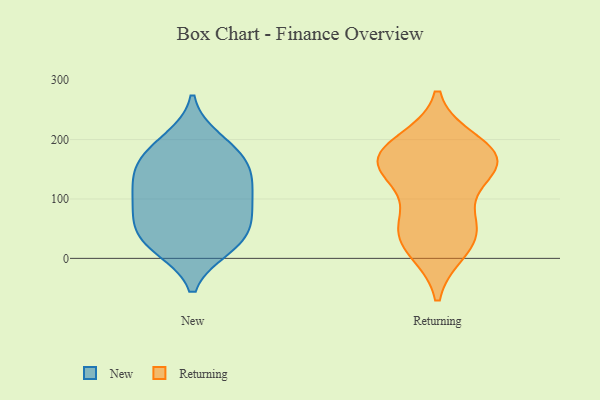
{"axis": {"x": "Active Users", "y": "Value"}, "legend": ["New", "Returning"], "data": [{"x": "", "y": 190, "type": "New"}, {"x": "", "y": 200, "type": "New"}, {"x": "", "y": 81, "type": "New"}, {"x": "", "y": 20, "type": "New"}, {"x": "", "y": 129, "type": "New"}, {"x": "", "y": 127, "type": "New"}, {"x": "", "y": 160, "type": "New"}, {"x": "", "y": 58, "type": "New"}, {"x": "", "y": 101, "type": "New"}, {"x": "", "y": 18, "type": "New"}, {"x": "", "y": 163, "type": "New"}, {"x": "", "y": 44, "type": "New"}, {"x": "", "y": 25, "type": "New"}, {"x": "", "y": 158, "type": "New"}, {"x": "", "y": 68, "type": "New"}, {"x": "", "y": 106, "type": "New"}, {"x": "", "y": 162, "type": "Returning"}, {"x": "", "y": 161, "type": "Returning"}, {"x": "", "y": 162, "type": "Returning"}, {"x": "", "y": 64, "type": "Returning"}, {"x": "", "y": 170, "type": "Returning"}, {"x": "", "y": 18, "type": "Returning"}, {"x": "", "y": 52, "type": "Returning"}, {"x": "", "y": 152, "type": "Returning"}, {"x": "", "y": 32, "type": "Returning"}, {"x": "", "y": 192, "type": "Returning"}]}